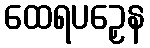
ထေရပဉှေန